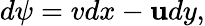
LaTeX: d\psi=vdx-\mathbf{u}dy,